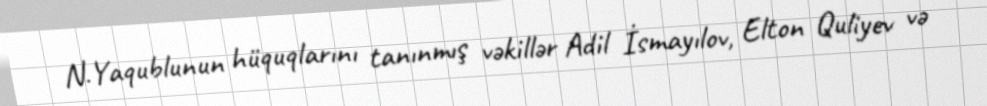
N.Yaqublunun hüquqlarını tanınmış vəkillər Adil İsmayılov, Elton Quliyev və